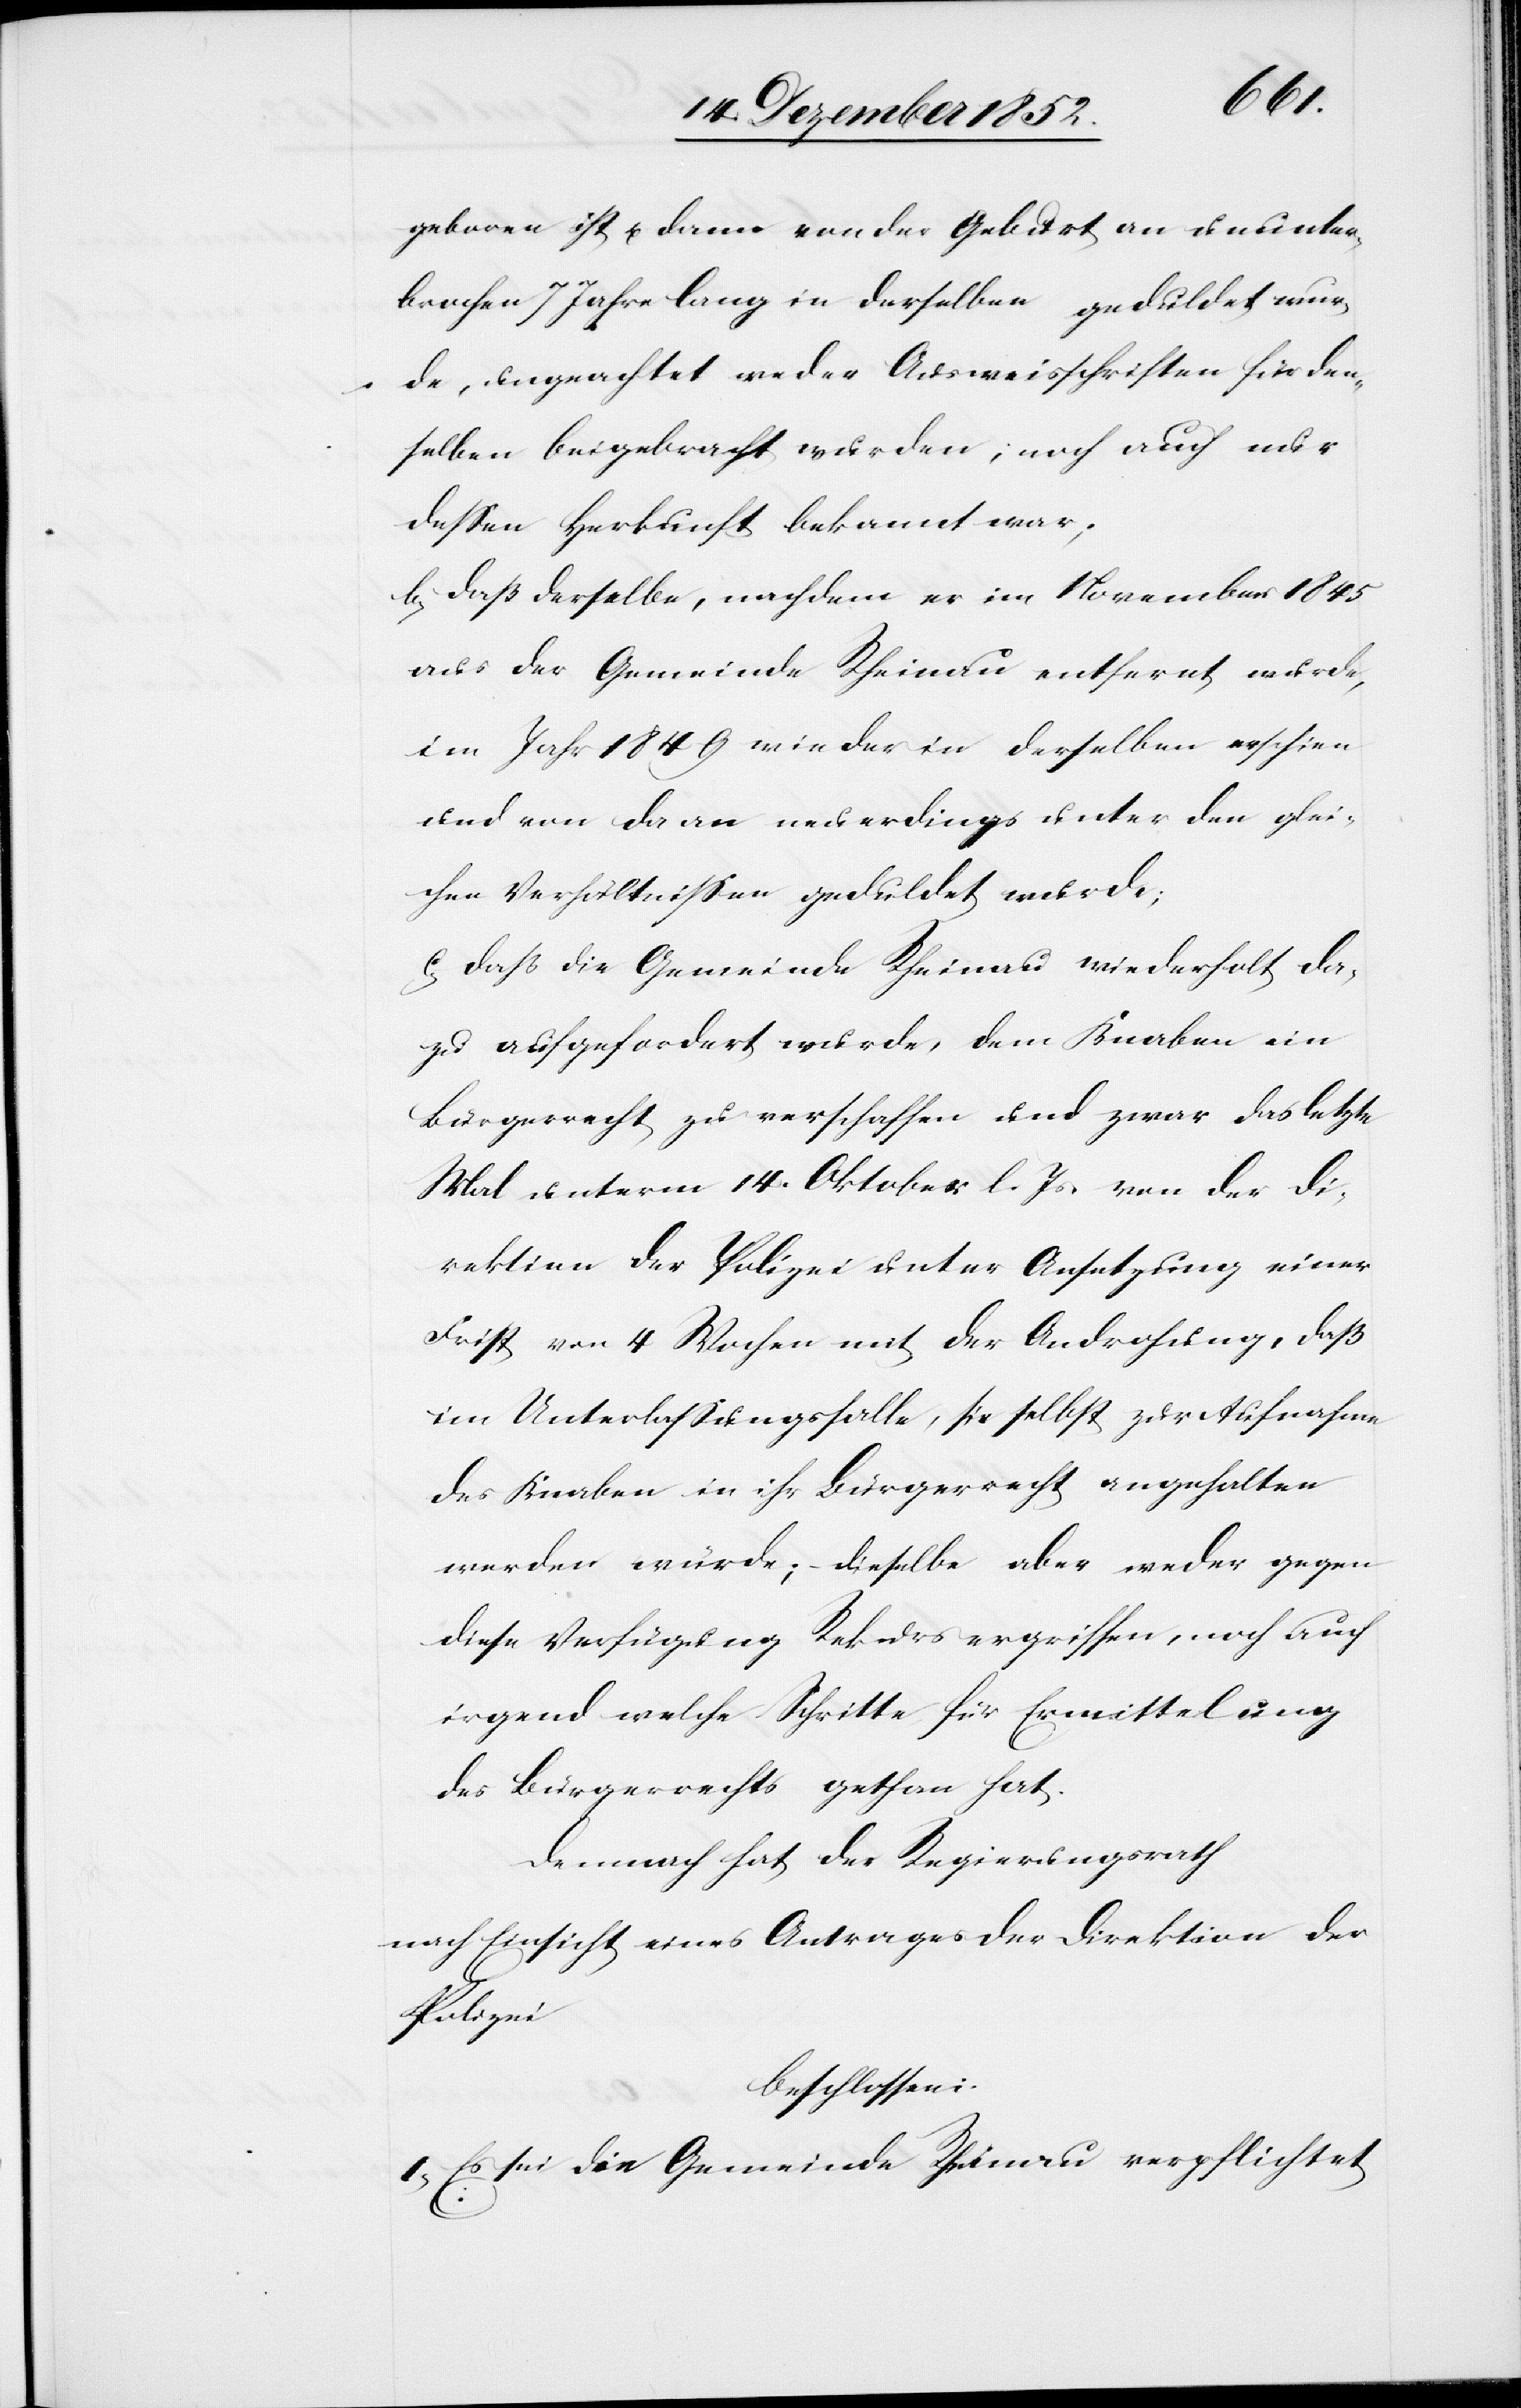
geboren ist & dann von der Geburt an ununter¬
brochen 7 Jahre lang in derselben geduldet wur¬
de, ungeachtet weder Ausweisschriften für den¬
selben beigebracht wurden; noch auch nur
dessen Herkunft bekannt war;
b, daß derselbe, nachdem er im November 1845
aus der Gemeinde Rheinau entfernt wurde,
im Jahr 1849 wieder in derselben erschien
und von da an neuerdings unter den glei¬
chen Verhältnissen geduldet wurde;
c, daß die Gemeinde Rheinau wiederholt da¬
zu aufgefordert wurde, dem Knaben ein
Bürgerrecht zu verschaffen und zwar das letzte
Mal unterm 14. Oktober l. Js. von der Di¬
rektion der Polizei unter Ansetzung einer
Frist von 4 Wochen mit der Androhung, daß
im Unterlassungsfalle, sie selbst zur Aufnahme
des Knaben in ihr Bürgerrecht angehalten
werden würde; – dieselbe aber weder gegen
diese Verfügung Rekurs ergriffen, noch auch
irgend welche Schritte für Ermittelung
des Bürgerrechts gethan hat.
Demnach hat der Regierungsrath
nach Einsicht eines Antrages der Direktion der
Polizei
beschlossen:
I, Es sei die Gemeinde Rheinau verpflichtet